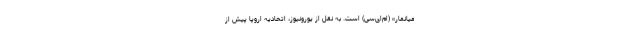
میانمار» (ام‌ای‌سی) است. به نقل از یورونیوز، اتحادیه اروپا پیش از